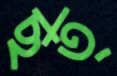
ছত্